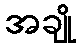
အချို